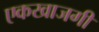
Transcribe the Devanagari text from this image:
एकखाजगी